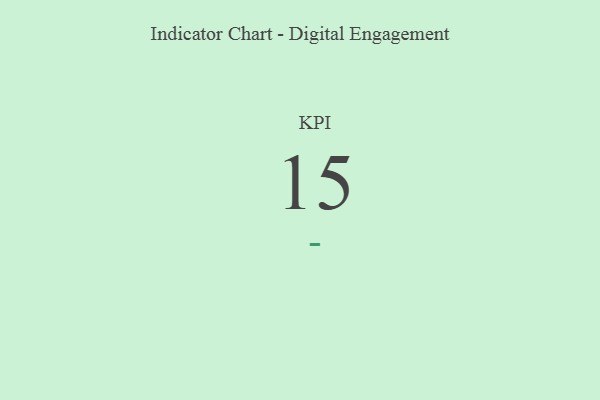
{"axis": {"x": "KPI", "y": "Value"}, "legend": [""], "data": [{"x": "KPI", "y": 15, "type": ""}]}